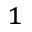
^ { 1 }